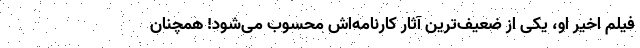
فیلم اخیر او، یکی از ضعیف‌ترین آثار کارنامه‌اش محسوب می‌شود! همچنان